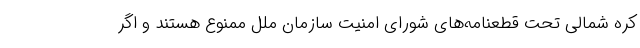
کره شمالی تحت قطعنامه‌های شورای امنیت سازمان ملل ممنوع هستند و اگر